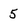
Character: 5